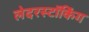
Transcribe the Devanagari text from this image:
लेदरस्टॉकिंग